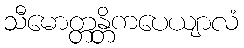
သီမောတ္တန္တိကပေယျာလံ